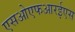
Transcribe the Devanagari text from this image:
एसओएफआरईएस